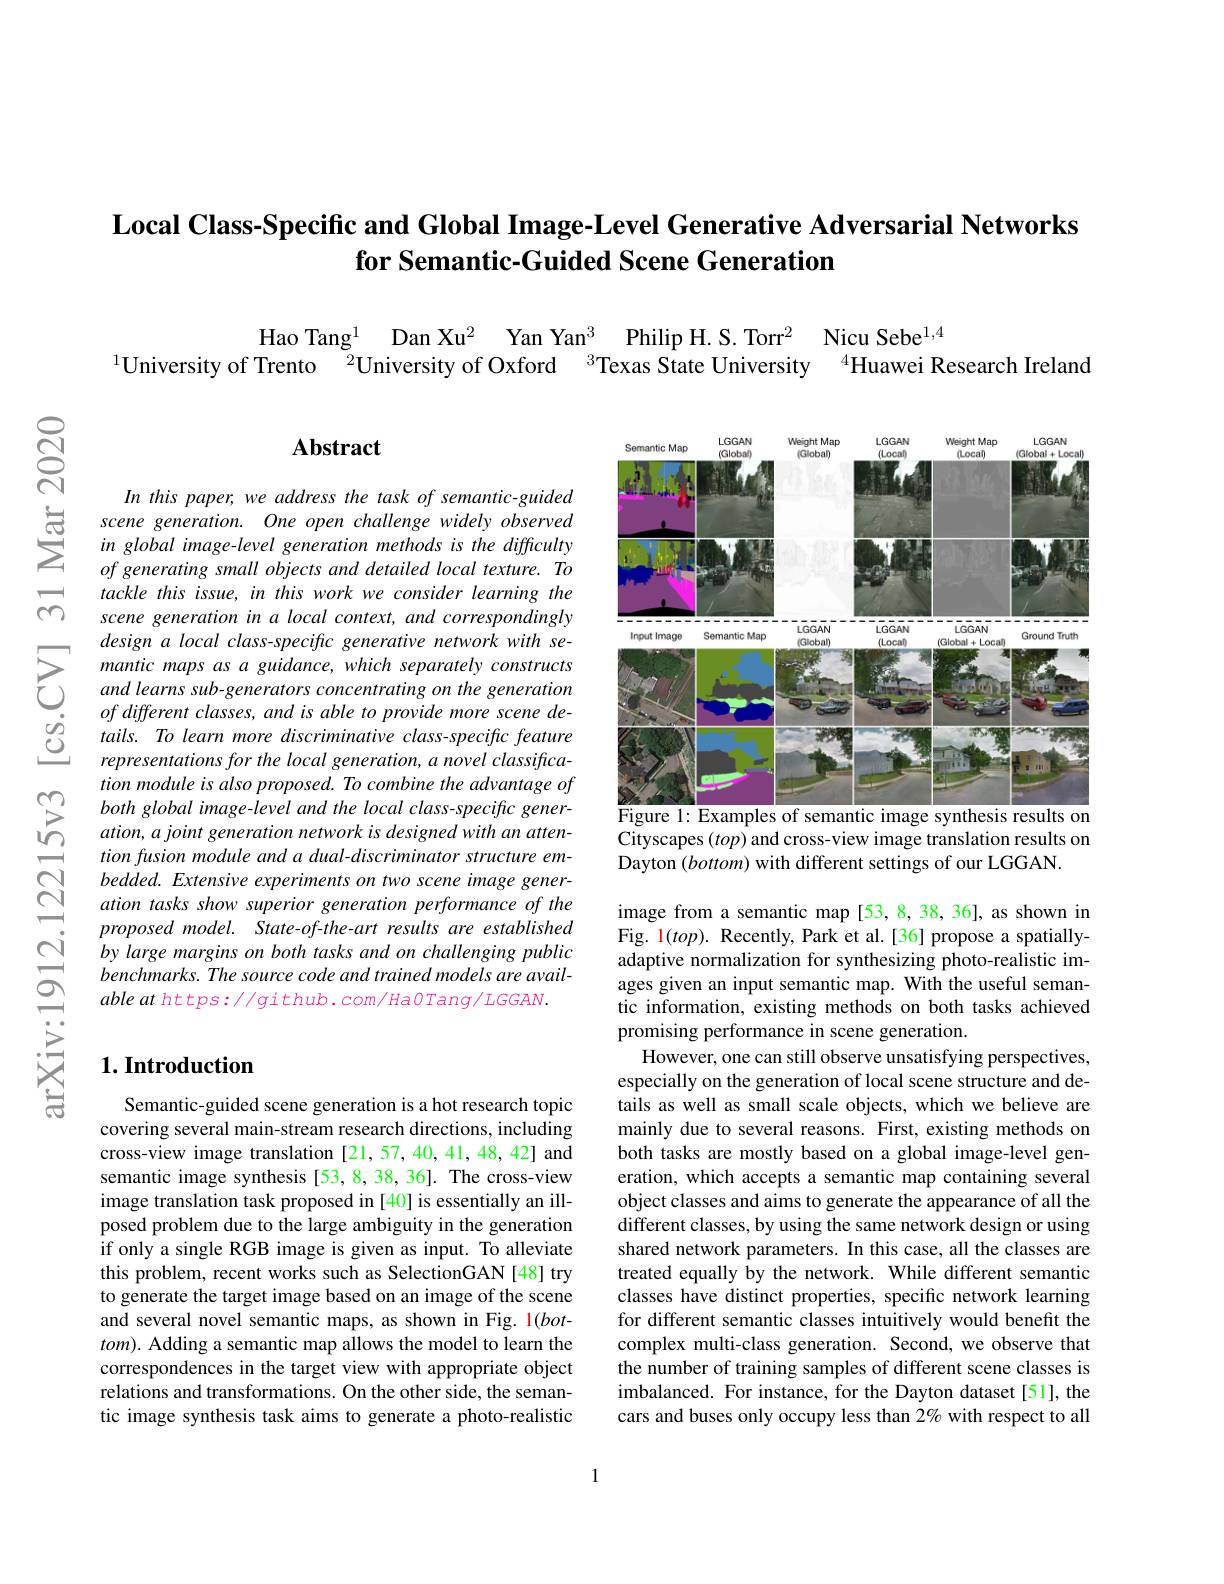
## Local Class-Specific and Global Image-Level Generative Adversarial Networks for Semantic-Guided Scene Generation

Hao Tang$^{1}$ Dan Xu$^{2}$ Yan Yan$^{3}$ Philip H.S. Torr$^{2}$ Nicu Sebe$^{1,4}$
$^{1}$University of Trento $^{2}$University of Oxford $^{3}$Texas State University$^{4}$Huawei Research Ireland

## $\mathbf{Abstract}$

<FigureHere>
Figure 1: Examples of semantic image synthesis results on

In this paper, we address the task of semantic-guided scene generation. One open challenge widely observed in global image-level generation methods is the difficulty of generating small objects and detailed local texture. To tackle this issue, in this work we consider learning the scene generation in a local context, and correspondingly design a local class-specific generative network with semantic maps as a guidance, which separately constructs and learns sub-generators concentrating on the generation of different classes, and is able to provide more scene details. To learn more discriminative class-specific feature representations for the local generation, a novel classification module is also proposed. To combine the advantage of both global image-level and the local class-specific generation, a joint generation network is designed with an attention fusion module and a dual-discriminator structure embedded. Extensive experiments on two scene image generation tasks show superior generation performance of the proposed model. State-of-the-art results are established by large margins on both tasks and on challenging public benchmarks. The source code and trained models are avail- $ableathttps://github.com/HaOTang/LGGAN.$

Cityscapes $(top)$ and cross-view image translation results on
Dayton $(bottom)$ with different settings of our LGGAN.

## $1. \textbf{Introduction}$

image from a semantic map [53, 8, 38, 36], as shown in Fig. $\color{red}1(top).$ Recently, Park et al.[36] propose a spatiallyadaptive normalization for synthesizing photo-realistic images given an input semantic map. With the useful semantic information, existing methods on both tasks achieved promising performance in scene generation.
However, one can still observe unsatisfying perspectives, especially on the generation of local scene structure and details as well as small scale objects, which we believe are mainly due to several reasons. First, existing methods on both tasks are mostly based on a global image-level generation, which accepts a semantic map containing several object classes and aims to generate the appearance of all the different classes, by using the same network design or using shared network parameters. In this case, all the classes are treated equally by the network. While different semantic classes have distinct properties, specific network learning for different semantic classes intuitively would benefit the complex multi-class generation. Second, we observe that the number of training samples of different scene classes is imbalanced. For instance, for the Dayton dataset[51], the cars and buses only occupy less than 2% with respect to all

Semantic-guided scene generation is a hot research topic covering several main-stream research directions, including cross-view image translation [21,57,40,41,48,42] and semantic image synthesis [53,8,38,36]. The cross-view image translation task proposed in [40] is essentially an illposed problem due to the large ambiguity in the generation if only a single RGB image is given as input. To alleviate this problem, recent works such as SelectionGAN [48] try to generate the target image based on an image of the scene and several novel semantic maps, as shown in Fig. 1(bot- $tom).$ Adding a semantic map allows the model to learn the correspondences in the target view with appropriate object relations and transformations. On the other side, the semantic image synthesis task aims to generate a photo-realistic

1